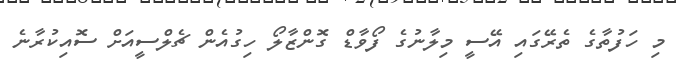
މި ހަފުތާގެ ތެރޭގައި އޭސީ މިލާނުގެ ފޯވާޑް ގޮންޒާލޯ ހިގުއެން ޗެލްސީއަށް ސޮއިކުރާނެ